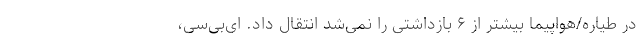
در طیاره/هواپیما بیشتر از ۶ بازداشتی را نمی‌شد انتقال داد. ای‌بی‌سی،